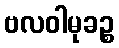
ဗလဝါမုခဉ္စ